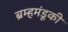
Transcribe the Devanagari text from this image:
ब्रम्हमंडूकी